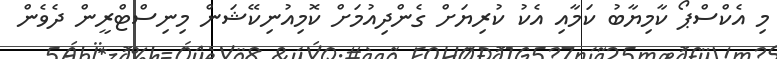
މި އެކްސްޕޯ ކާމިޔާބު ކަމާއި އެކު ކުރިޔަށް ގެންދިއުމަށް ކޮމިއުނިކޭޝަން މިނިސްޓްރީން ދެވެން